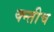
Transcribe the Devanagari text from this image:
क्न्तीच